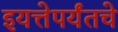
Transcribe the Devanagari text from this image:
इयत्तेपर्यंतचे